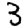
Digit: 3